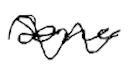
Text: some
Cross-out: wave
Writing tool: digital_black